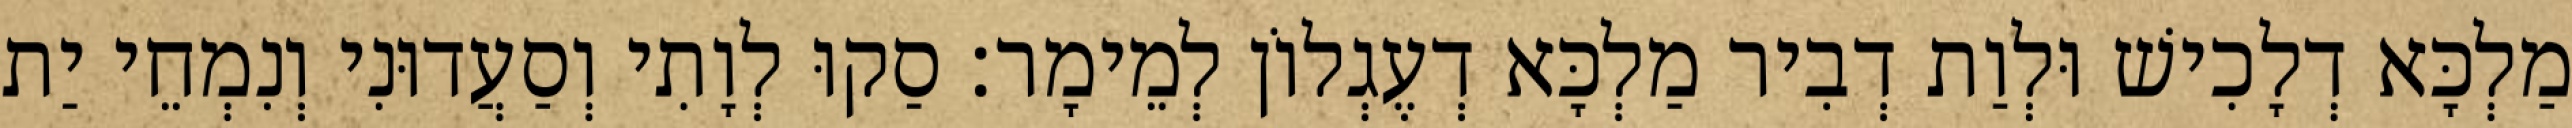
מַלְכָּא דְלָכִישׁ וּלְוַת דְבִיר מַלְכָּא דְעֶגְלוֹן לְמֵימָר׃ סַקוּ לְוָתִי וְסַעֲדוּנִי וְנִמְחֵי יַת